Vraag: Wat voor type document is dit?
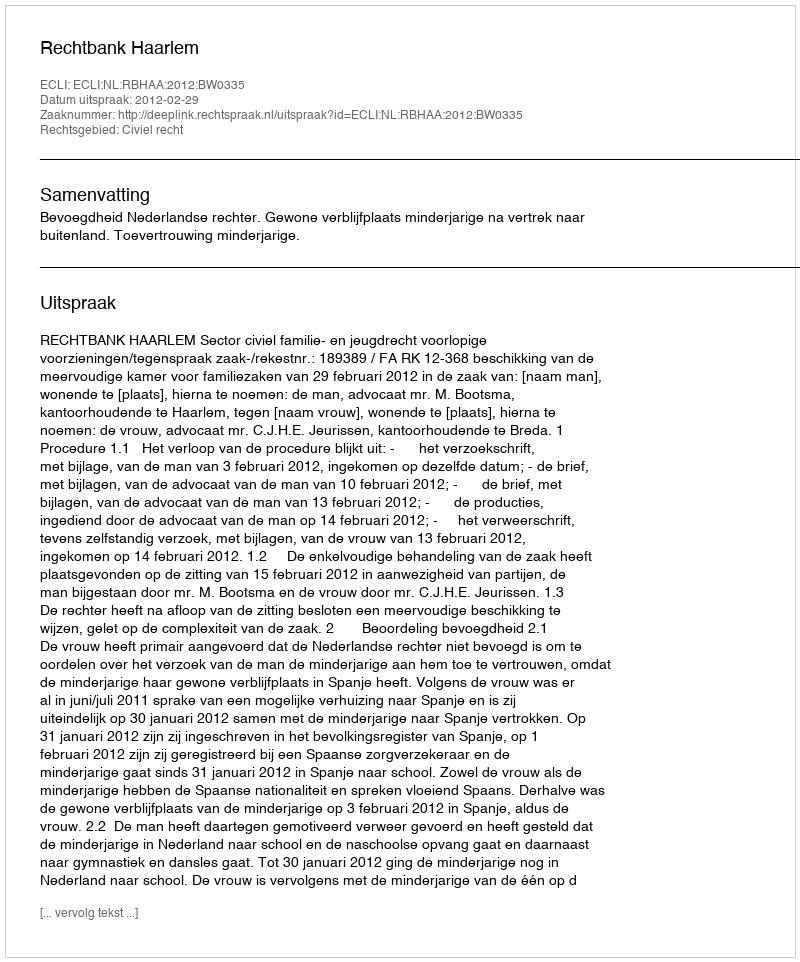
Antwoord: Uitspraak